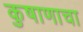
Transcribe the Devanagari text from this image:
कुषाणाचा